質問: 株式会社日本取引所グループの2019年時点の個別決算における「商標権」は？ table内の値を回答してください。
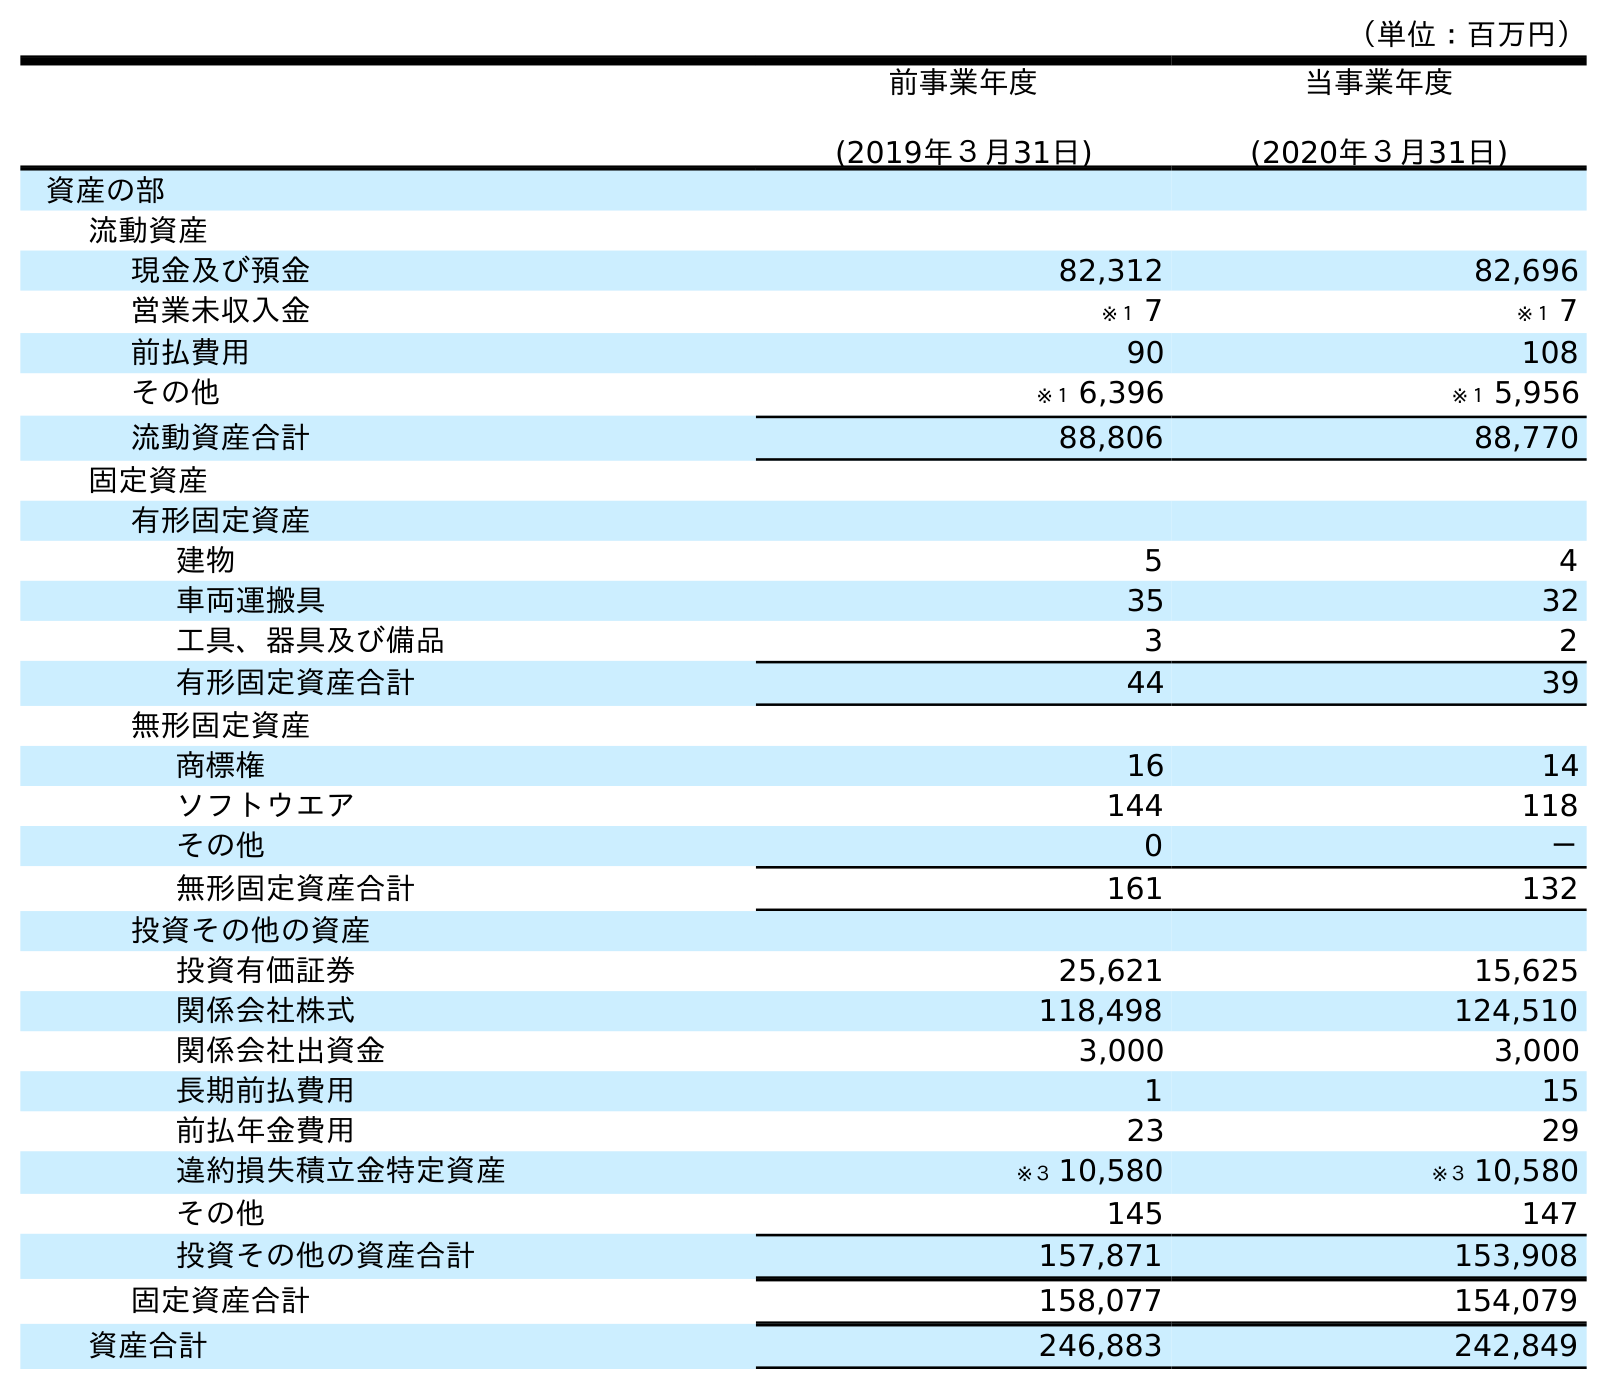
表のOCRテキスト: （単位：百万円） 前事業年度 (2019年３月31日) 当事業年度 (2020年３月31日) 資産の部 流動資産 現金及び預金 82,312 82,696 営業未収入金 ※１ 7 ※１ 7 前払費用 90 108 その他 ※１ 6,396 ※１ 5,956 流動資産合計 88,806 88,770 固定資産 有形固定資産 建物 5 4 車両運搬具 35 32 工具、器具及び備品 3 2 有形固定資産合計 44 39 無形固定資産 商標権 16 14 ソフトウエア 144 118 その他 0 － 無形固定資産合計 161 132 投資その他の資産 投資有価証券 25,621 15,625 関係会社株式 118,498 124,510 関係会社出資金 3,000 3,000 長期前払費用 1 15 前払年金費用 23 29 違約損失積立金特定資産 ※３ 10,580 ※３ 10,580 その他 145 147 投資その他の資産合計 157,871 153,908 固定資産合計 158,077 154,079 資産合計 246,883 242,849
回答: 16